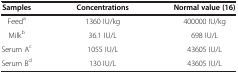
| Samples | Concentrations | Normal value (16) |
 | --- | --- | --- |
 | Feeda | 1360 IU/kg | 400000 IU/kg |
 | Milkb | 36.1 IU/L | 698 IU/L |
 | Serum Ac | 1055 IU/L | 43605 IU/L |
 | Serum Bd | 130 IU/L | 43605 IU/L |